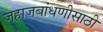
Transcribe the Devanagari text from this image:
जहाजबांधणीसाठी